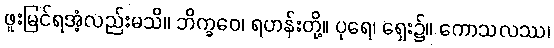
ဖူးမြင်ရအံ့လည်းမသိ။ ဘိက္ခဝေ၊ ရဟန်းတို့။ ပုရေ၊ ရှေး၌။ ကောသလဿ၊